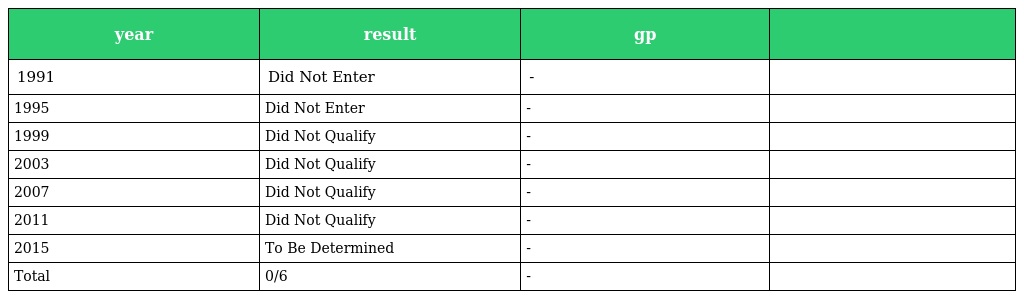
| year | result | gp |  |
 | --- | --- | --- | --- |
 | 1991 | Did Not Enter | - |  |
 | 1995 | Did Not Enter | - |  |
 | 1999 | Did Not Qualify | - |  |
 | 2003 | Did Not Qualify | - |  |
 | 2007 | Did Not Qualify | - |  |
 | 2011 | Did Not Qualify | - |  |
 | 2015 | To Be Determined | - |  |
 | Total | 0/6 | - |  |